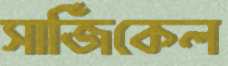
সার্জিকেল